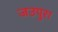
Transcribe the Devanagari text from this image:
जउपुरा